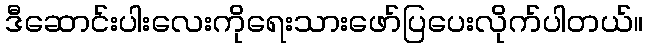
ဒီဆောင်းပါးလေးကိုရေးသားဖော်ပြပေးလိုက်ပါတယ်။